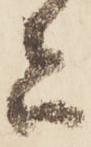
者